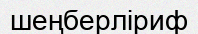
шеңберліриф